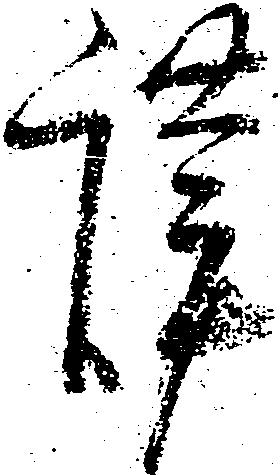
謹